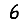
Digit: 6